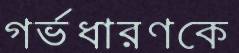
গর্ভধারণকে